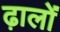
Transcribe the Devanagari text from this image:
ढ़ालों